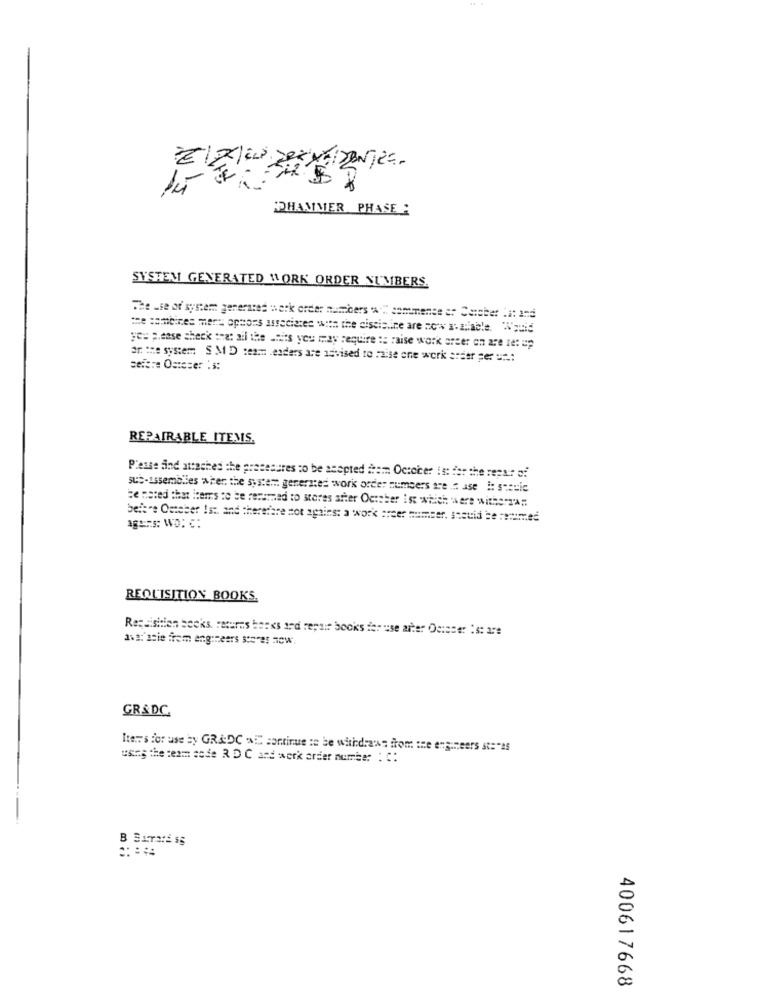
*
DHAMMER PHASE:
SYSTEM GENERATED WORK ORDER NUMBERS.
The use of system generated work order numbers % . sammense er Cegber Ii: and
the combines mert optons arreciates with the discipline are not a.ainble, . quid
yes please check :Hat all the units you may require :: raise work arzer on are set up
ar the system S M D team Leaders are advised to :2ise one work order per ===-:
sefere Ostoser : 3:
REPAIRABLE ITEMS.
Piense and attached the presesures to be asopted #ham October is: for the rest of
sus-Issemblies when the system generated work order numbers are is ase i: scenic
be noted that leems to be returned to stores after October ist wwhich were witherra ..
beise Omteber Ist, and thereare not apains: a work creer numser, seeuid be :emmed
agers: WO: C:
REQUISITION BOOKS.
Requisition becks returns banks and repair books for use arter Osinser :s: 278
ass:' asie frem engineers stores now.
GR&DC.
Items for use by GRADC >E continue to be withdraws from the engineers ste"as
using the team sode R DC and work order number : C:
400617668